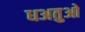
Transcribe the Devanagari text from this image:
धअतुओ